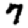
Digit: 7